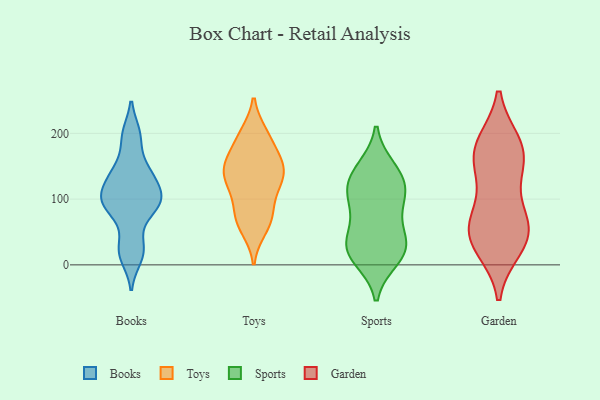
{"axis": {"x": "Tickets Resolved", "y": "Value"}, "legend": ["Books", "Garden", "Sports", "Toys"], "data": [{"x": "", "y": 27, "type": "Books"}, {"x": "", "y": 110, "type": "Books"}, {"x": "", "y": 140, "type": "Books"}, {"x": "", "y": 114, "type": "Books"}, {"x": "", "y": 103, "type": "Books"}, {"x": "", "y": 140, "type": "Books"}, {"x": "", "y": 195, "type": "Books"}, {"x": "", "y": 24, "type": "Books"}, {"x": "", "y": 91, "type": "Books"}, {"x": "", "y": 142, "type": "Books"}, {"x": "", "y": 83, "type": "Books"}, {"x": "", "y": 198, "type": "Books"}, {"x": "", "y": 12, "type": "Books"}, {"x": "", "y": 92, "type": "Books"}, {"x": "", "y": 91, "type": "Books"}, {"x": "", "y": 156, "type": "Toys"}, {"x": "", "y": 197, "type": "Toys"}, {"x": "", "y": 191, "type": "Toys"}, {"x": "", "y": 155, "type": "Toys"}, {"x": "", "y": 56, "type": "Toys"}, {"x": "", "y": 131, "type": "Toys"}, {"x": "", "y": 198, "type": "Toys"}, {"x": "", "y": 144, "type": "Toys"}, {"x": "", "y": 94, "type": "Toys"}, {"x": "", "y": 138, "type": "Toys"}, {"x": "", "y": 138, "type": "Toys"}, {"x": "", "y": 164, "type": "Toys"}, {"x": "", "y": 69, "type": "Toys"}, {"x": "", "y": 69, "type": "Toys"}, {"x": "", "y": 128, "type": "Toys"}, {"x": "", "y": 71, "type": "Toys"}, {"x": "", "y": 113, "type": "Toys"}, {"x": "", "y": 118, "type": "Sports"}, {"x": "", "y": 10, "type": "Sports"}, {"x": "", "y": 142, "type": "Sports"}, {"x": "", "y": 125, "type": "Sports"}, {"x": "", "y": 26, "type": "Sports"}, {"x": "", "y": 146, "type": "Sports"}, {"x": "", "y": 46, "type": "Sports"}, {"x": "", "y": 19, "type": "Sports"}, {"x": "", "y": 22, "type": "Sports"}, {"x": "", "y": 108, "type": "Sports"}, {"x": "", "y": 82, "type": "Sports"}, {"x": "", "y": 97, "type": "Sports"}, {"x": "", "y": 34, "type": "Sports"}, {"x": "", "y": 48, "type": "Garden"}, {"x": "", "y": 149, "type": "Garden"}, {"x": "", "y": 131, "type": "Garden"}, {"x": "", "y": 58, "type": "Garden"}, {"x": "", "y": 178, "type": "Garden"}, {"x": "", "y": 27, "type": "Garden"}, {"x": "", "y": 26, "type": "Garden"}, {"x": "", "y": 56, "type": "Garden"}, {"x": "", "y": 55, "type": "Garden"}, {"x": "", "y": 166, "type": "Garden"}, {"x": "", "y": 184, "type": "Garden"}, {"x": "", "y": 78, "type": "Garden"}, {"x": "", "y": 182, "type": "Garden"}]}